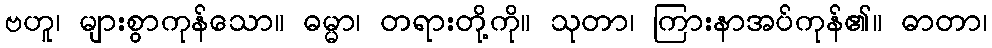
ဗဟူ၊ များစွာကုန်သော။ ဓမ္မာ၊ တရားတို့ကို။ သုတာ၊ ကြားနာအပ်ကုန်၏။ ဓာတာ၊